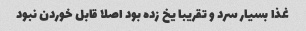
غذا بسیار سرد و تقریبا یخ زده بود اصلا قابل خوردن نبود